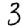
Digit: 3